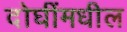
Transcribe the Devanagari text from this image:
दोघींमधील